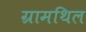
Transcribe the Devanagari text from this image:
ग्रामथिल